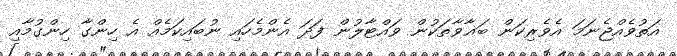
އަތުވެއްޖެނަމަ އެވެރިކަން ބަޣާވާތަކުން ވައްޓާލުން ފަދަ އެންމެހައި ނުބައިކަމެއް އެ ހިންގާ ހިންގުމާއި